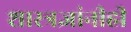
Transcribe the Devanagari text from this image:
शास्त्रज्ञांनीही